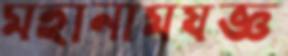
মহানামযজ্ঞ